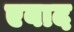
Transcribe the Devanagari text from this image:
एबाद